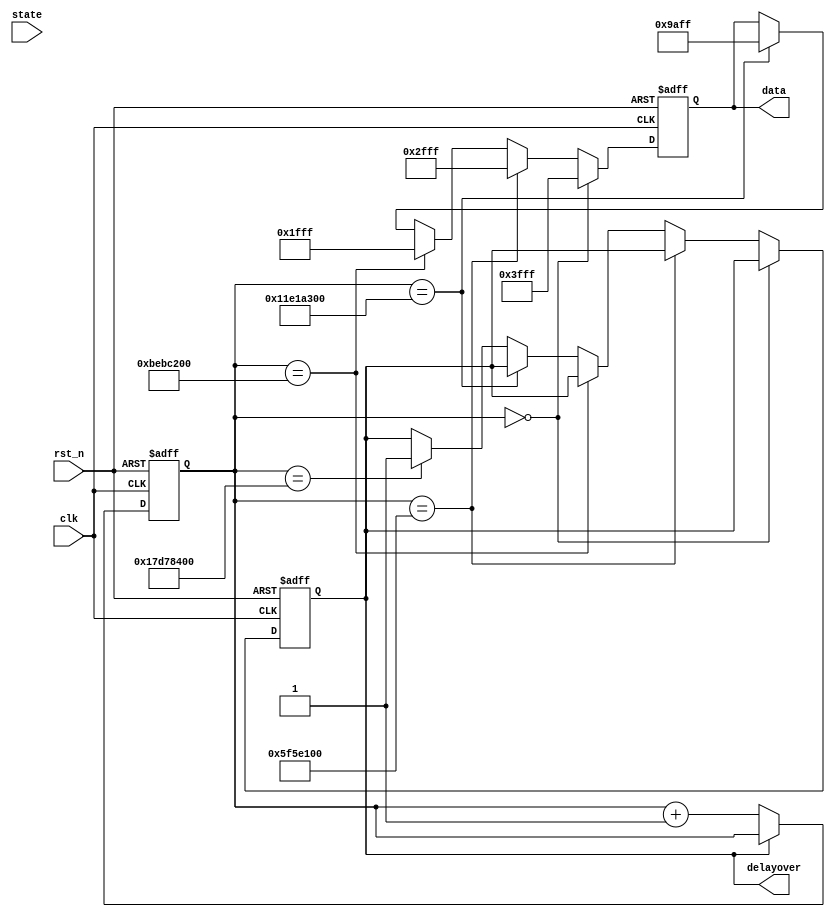
`timescale 1ns / 1ps
//////////////////////////////////////////////////////////////////////////////////
// Company: 
// Engineer: 
// 
// Design Name: 
// Module Name:    delay 
// Project Name: 
// Target Devices: 
// Tool versions: 
// Description: 
//
// Dependencies: 
//
// Revision: 
// Revision 0.01 - File Created
// Additional Comments: 
//
//////////////////////////////////////////////////////////////////////////////////
module delay(
	input clk,
	input rst_n,
	input [4:0] state,
	output reg [15:0] data,
	output delayover
);

reg [31:0] delaycount;
reg idelayover;

assign delayover=idelayover;

always@(posedge clk or posedge rst_n)
begin
	if(rst_n)
	begin
		delaycount <= 32'b0;
		idelayover <= 0;
		data <= 16'hFFFF;
	end
	else
	begin
		if(delaycount == 32'd0)
			data <= 16'h3FFF;
		else if(delaycount == 32'd1_0000_0000)
			data <= 16'h2FFF;
		else if(delaycount == 32'd2_0000_0000)
			data <= 16'h1FFF;
		else if(delaycount == 32'd3_0000_0000)
			data <= 16'h9AFF;
		else if(delaycount == 32'd4_0000_0000)
			idelayover <= 1;
		else
		begin
		end
		if(~idelayover)
			delaycount <= delaycount + 32'h1;
	end
end
endmodule